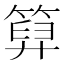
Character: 𥰩